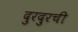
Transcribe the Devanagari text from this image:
दुरदुरची